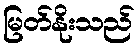
မြတ်နိုးသည်